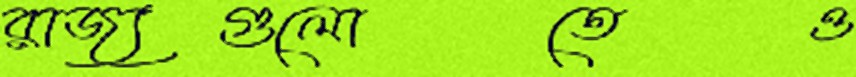
রাজ্যগুলোতেও